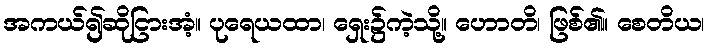
အကယ်၍ဆိုငြားအံ့။ ပုရေယထာ၊ ရှေး၌ကဲ့သို့။ ဟောတိ၊ ဖြစ်၏။ စေတိယ၊